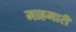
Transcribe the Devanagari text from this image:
माहमारी